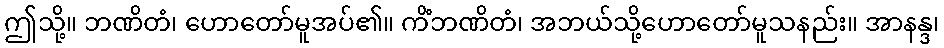
ဤသို့။ ဘဏိတံ၊ ဟောတော်မူအပ်၏။ ကိံဘဏိတံ၊ အဘယ်သို့ဟောတော်မူသနည်း။ အာနန္ဒ၊